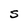
Character: S